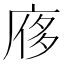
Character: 㢋